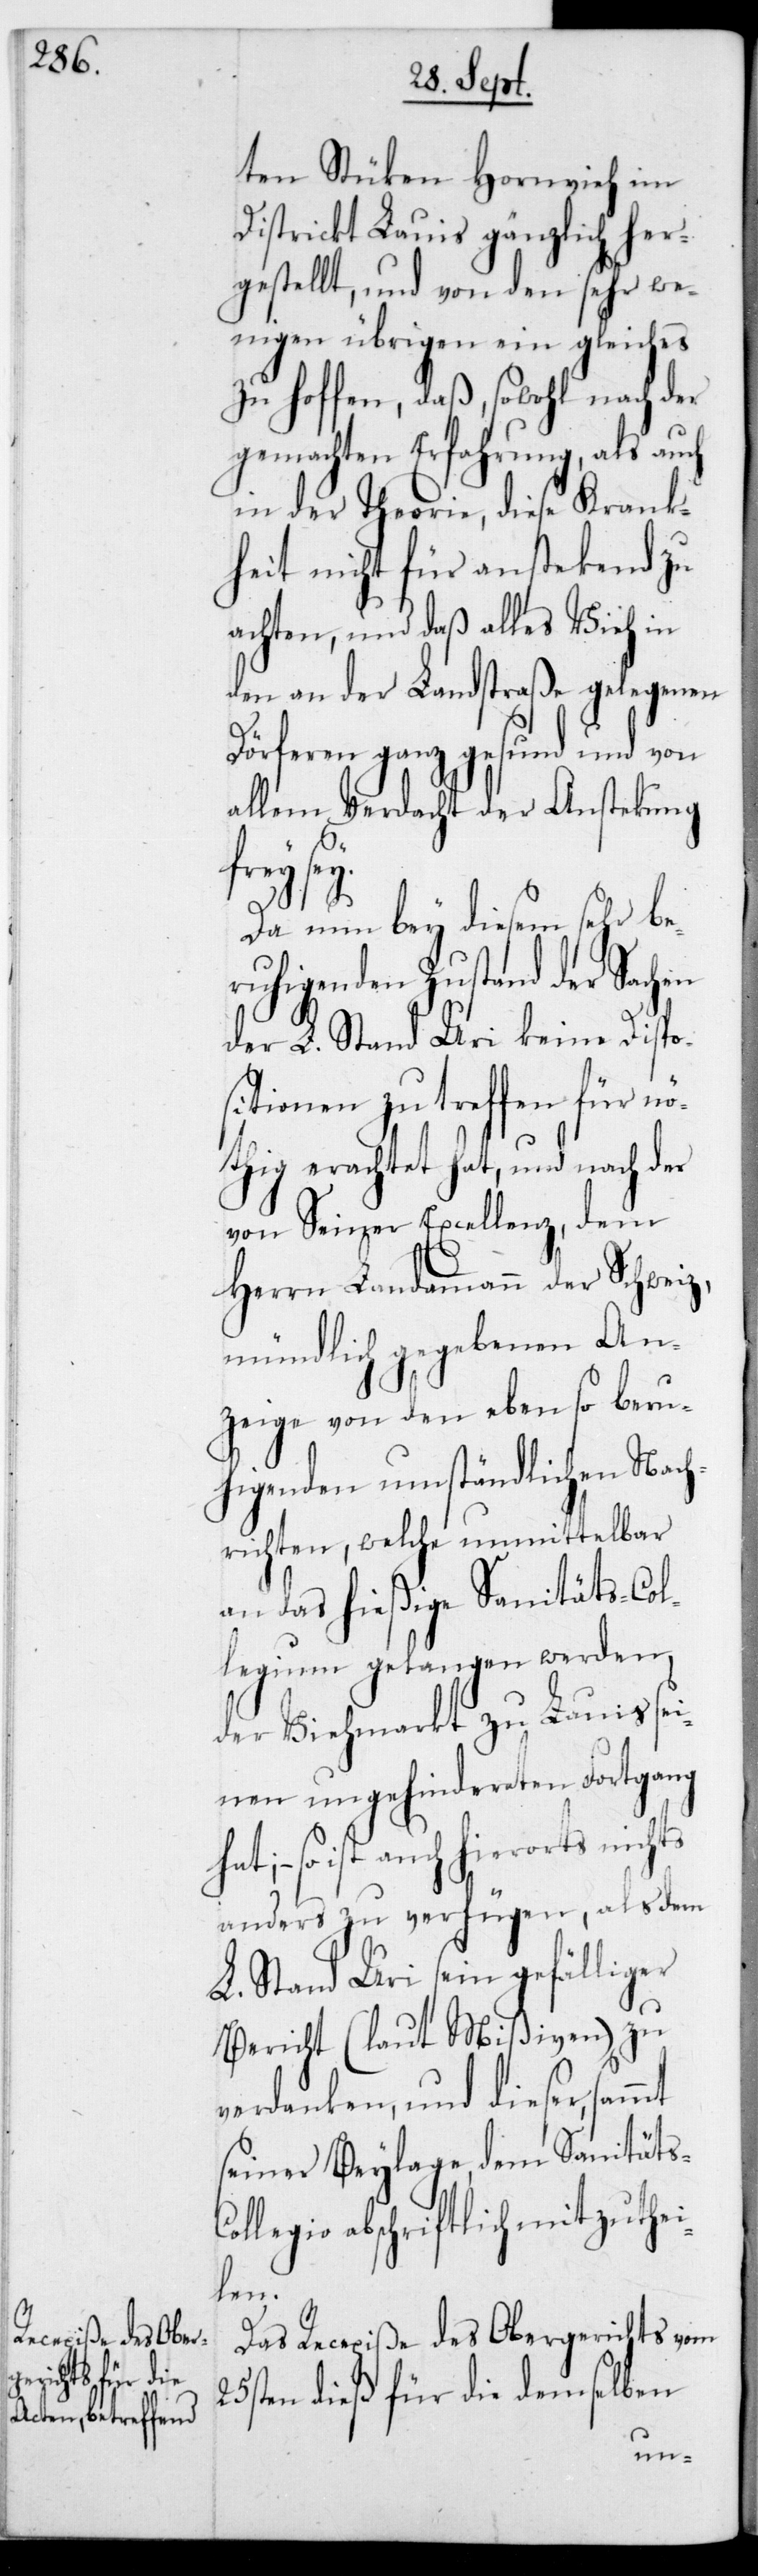
ten Stüken Hornvieh im
Districkt Lauis gänzlich her¬
gestellt, und von den sehr we¬
nigen übrigen ein Gleiches
zu hoffen, daß, sowohl nach der
gemachten Erfahrung, als auch
in der Theorie, diese Krank¬
heit nicht für anstekend zu
achten, und daß alles Vieh in
den an der Landstraße gelegenen
Dörferen ganz gesund und von
allem Verdacht der Anstekung
ts.-Co¬
Da nun bey diesem sehr be¬
ruhigenden Zustand der Sachen
der L. Stand Uri keine Dispo¬
sitionen zu treffen für n¬
öthig erachtet hat, und nach der
von Seiner Excellenz,dem
Herrn Landammann der Schweiz,
mündlich gegebenen An¬
zeige von den ebenso beru¬
higenden umständlichen Nach¬
richten, welche unmittelbar
an das hießige Sanitäts-Col¬
legium gelangen werden,
der Viehmarkt zu Lauis se¬
inen ungehindereten Fortgang
so ist auch hierorts nichts
anders zu verfügen, als dem
L. Stand Uri sein gefälliger
Bericht (laut Mißiven) zu
verdanken, und dieser, sammt
seiner Beylage, dem Sanitä¬
llegio abschriftlich mitzuthei¬
len.
Das Recepiße des Obergerichts vom
25sten dieß für die demselben